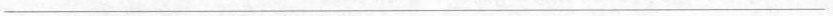
___